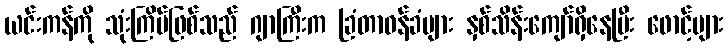
ယင်းကန်ကို သုံးကြိမ်ဖြစ်သည် ဂျာကြီးက ခြံတာဝန်ခံများ နှစ်သိန်းကျော်ရှိနေပြီး ဖောင့်များ